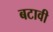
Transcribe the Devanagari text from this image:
बटावी